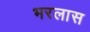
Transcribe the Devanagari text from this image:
भरलास